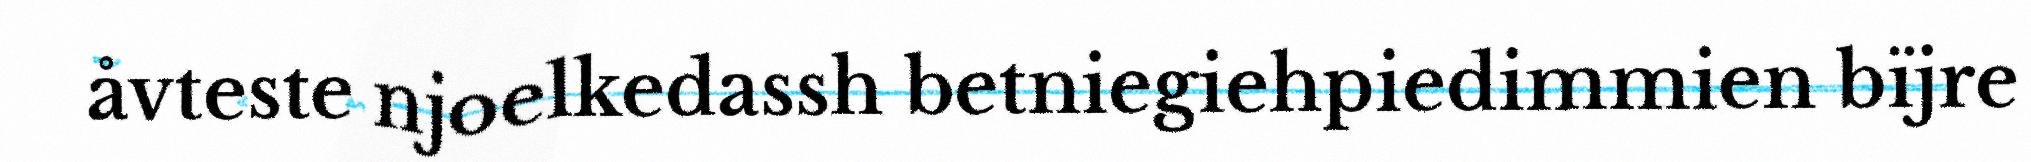
åvteste njoelkedassh betniegiehpiedimmien bïjre